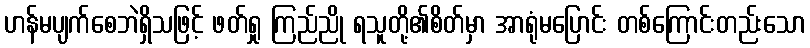
ဟန်မပျက်စေဘဲရှိသဖြင့် ဖတ်ရှု ကြည်ညို ရသူတို့၏စိတ်မှာ အာရုံမပြောင်း တစ်ကြောင်းတည်းသော